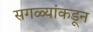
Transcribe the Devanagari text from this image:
सगळ्यांकडून